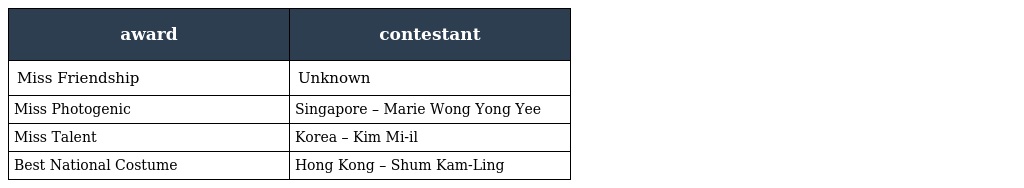
| award | contestant |
 | --- | --- |
 | Miss Friendship | Unknown |
 | Miss Photogenic | Singapore – Marie Wong Yong Yee |
 | Miss Talent | Korea – Kim Mi-il |
 | Best National Costume | Hong Kong – Shum Kam-Ling |